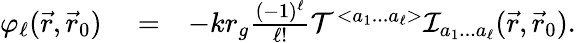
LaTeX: \begin{array}{rlr}{\varphi_{\ell}(\vec{r},\vec{r}_{0})}&{{}=}&{-kr_{g}\frac{(-1)^{\ell}}{\ell!}{\cal T}^{<a_{1}...a_{\ell}>}{\cal I}_{a_{1}...a_{\ell}}(\vec{r},\vec{r}_{0}).}\end{array}